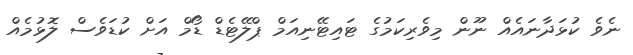
ނެވެ ކުޅަދާނައެއް ނޫން މިވެރިކަމުގެ ޓައިޓޭނިއަމް ޕްލޭޓެޑް ޑޯމް އަށް ކުޑަވެސް ލޮޅުމެއް